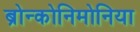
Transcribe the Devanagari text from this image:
ब्रोन्कोनिमोनिया